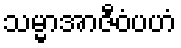
သမ္မာအာဇီဝံပဟံ